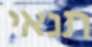
תנאי